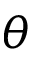
\theta